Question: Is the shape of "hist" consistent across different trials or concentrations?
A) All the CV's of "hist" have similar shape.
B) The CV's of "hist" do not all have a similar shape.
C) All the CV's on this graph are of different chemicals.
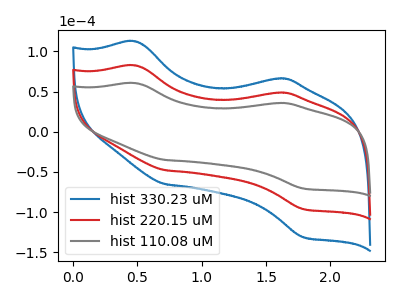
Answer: <think>The blue curve "hist 330.23 uM" has anodic peaks at (0.50V, 164.75uA) (1.60V, 97.05uA) and cathodic peaks at (0.70V, -95.75uA) (1.80V, -192.55uA). The red curve "hist 220.15 uM" has anodic peaks at (0.50V, 82.35uA) (1.60V, 48.50uA) and cathodic peaks at (0.70V, -47.90uA) (1.80V, -96.25uA). The gray curve "hist 110.08 uM" has anodic peaks at (0.50V, 60.40uA) (1.60V, 35.60uA) and cathodic peaks at (0.70V, -35.10uA) (1.80V, -70.60uA).
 All the peaks in "hist 330.23 uM" have a peak in "hist 220.15 uM" at the same potential. Every peak in "hist 330.23 uM" is higher than every peak in "hist 220.15 uM". All the peaks in "hist 330.23 uM" have a peak in "hist 110.08 uM" at the same potential. Every peak in "hist 330.23 uM" is higher than every peak in "hist 110.08 uM". All the peaks in "hist 220.15 uM" have a peak in "hist 110.08 uM" at the same potential. Every peak in "hist 220.15 uM" is higher than every peak in "hist 110.08 uM".</think>
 <answer>A) All the CV's of "hist" have similar shape.</answer>
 <eval>A</eval>